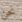
نحن